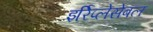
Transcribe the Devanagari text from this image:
इर्रिप्लेसेबल